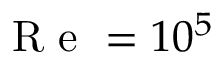
\mathrm { ~ R ~ e ~ } = 1 0 ^ { 5 }